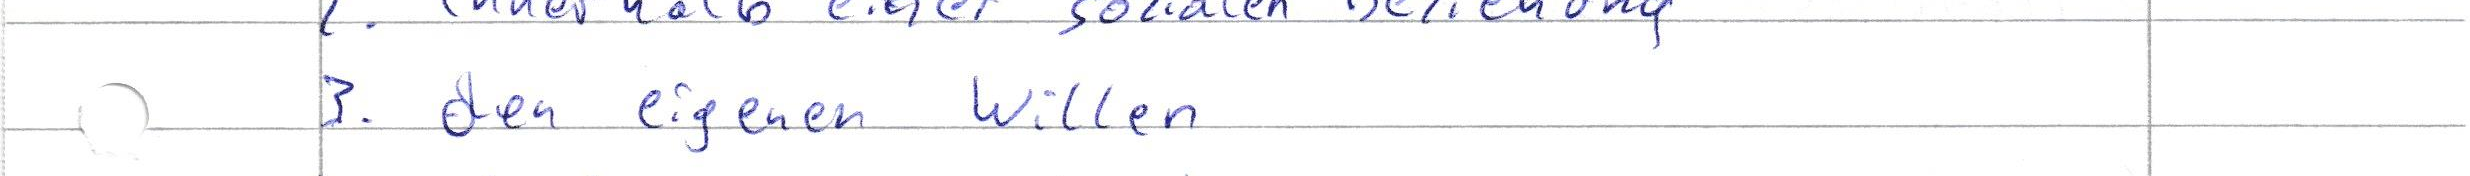
3. den eigenen Willen